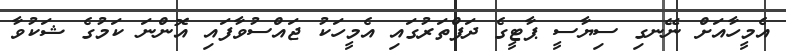
އެމީހާއަށް ނޭނގި ސިޔާސީ ޕާޓީގެ ދަފްތަރުގައި އެމީހަކު ޖައްސުވާފައި އޮންނަ ކަމުގެ ޝަކުވާ